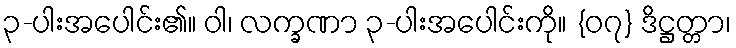
၃-ပါးအပေါင်း၏။ ဝါ၊ လက္ခဏာ ၃-ပါးအပေါင်းကို။ {၀၇} ဒိဋ္ဌတ္တာ၊